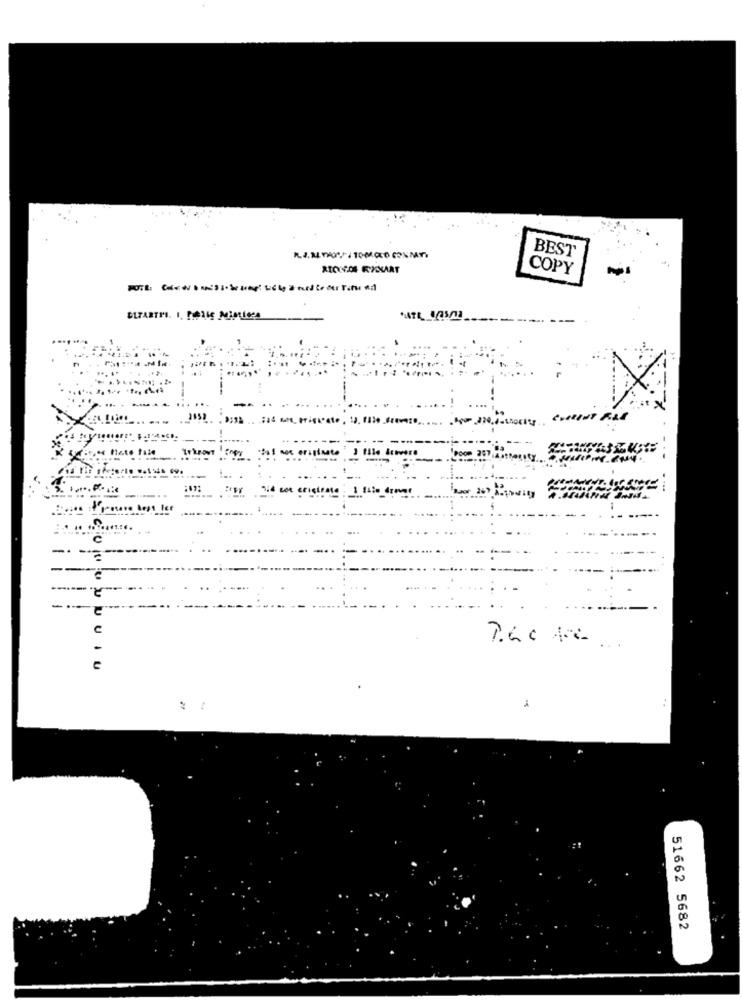
. .
BEST
ATONOS FXXART
COPY
51662 5682